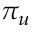
\pi _ { u }